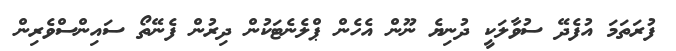
ފުރަތަމަ އުފެދޭ ސުވާލަކީ ދުނިޔެ ނޫން އެހެން ޕްލެނެޓަކުން ދިރުން ފެނޭތޯ ސައިންސްވެރިން